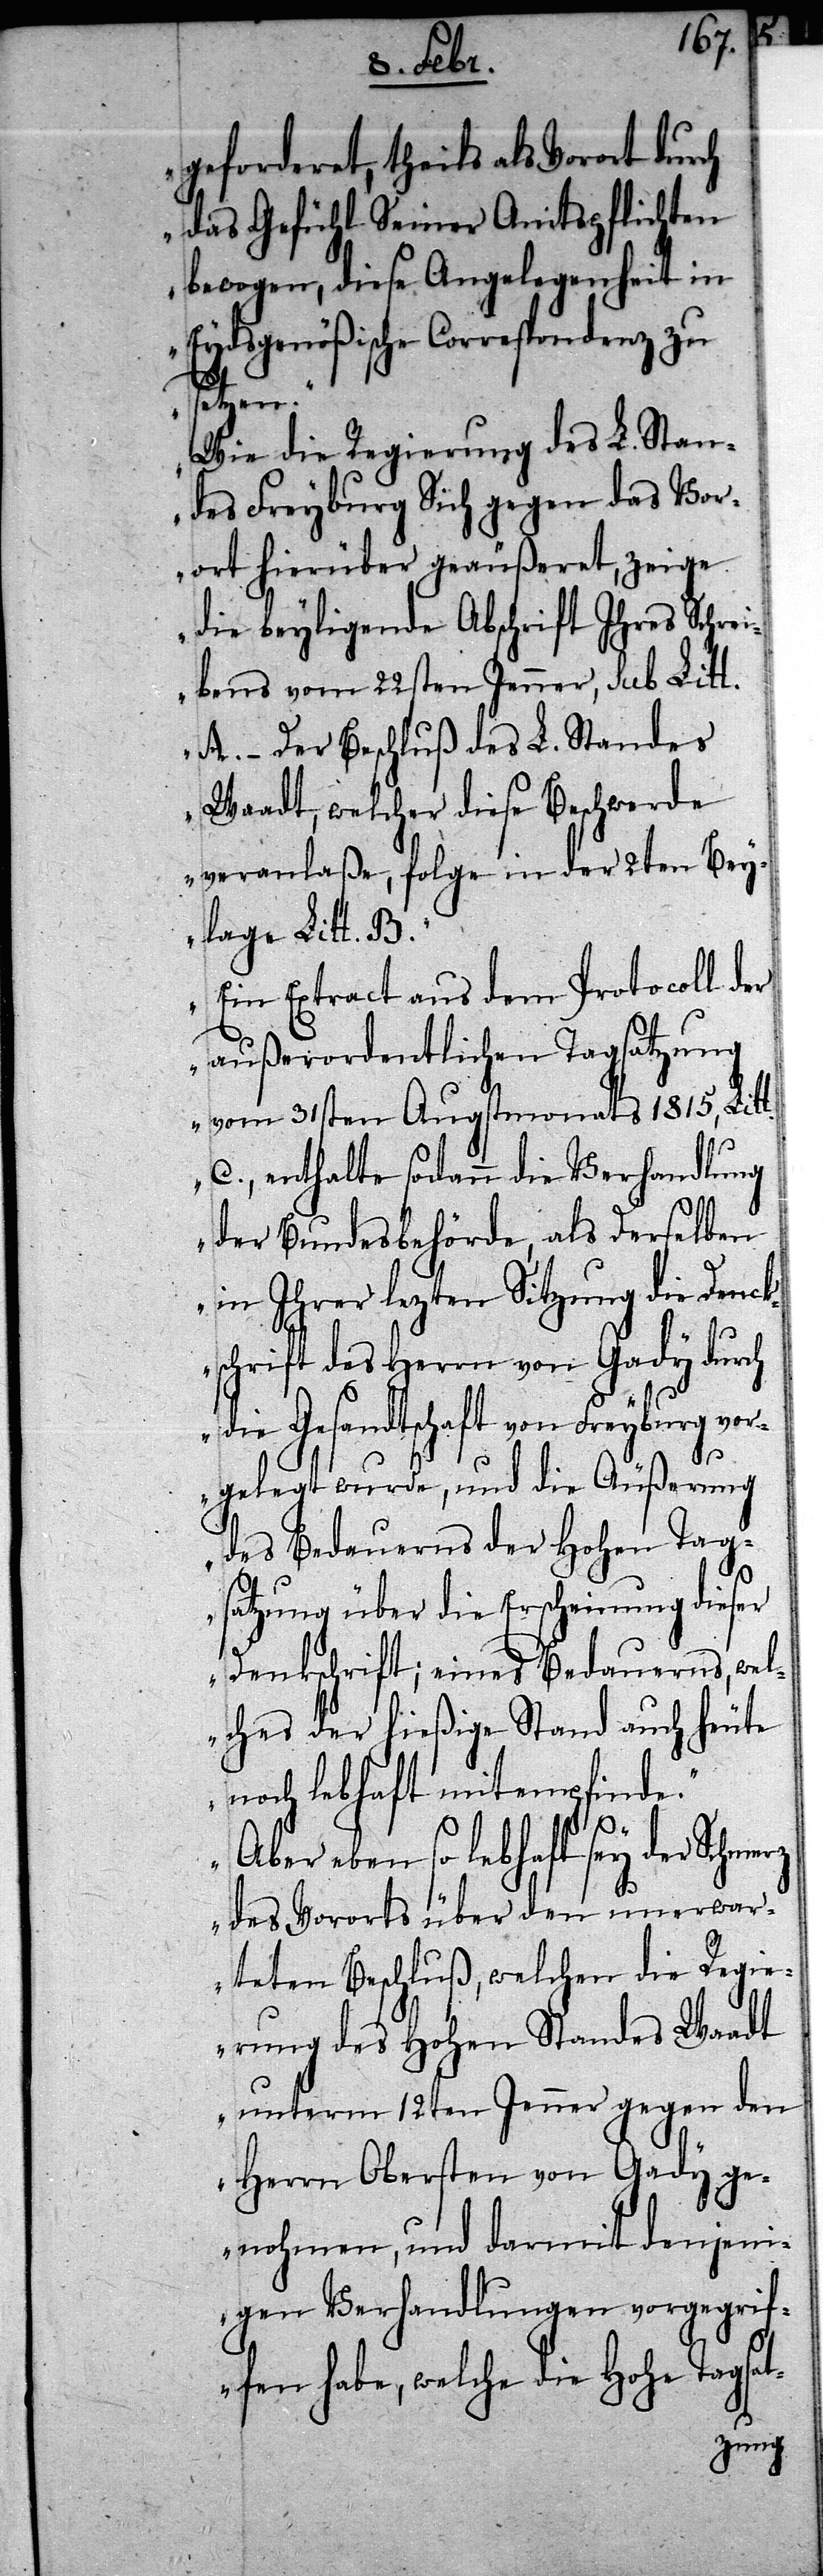
geforderet, theils als Vorort durch
das Gefühl Seiner Amtspflichten
bewogen, diese Angelegenheit in
Eydsgenößische Correspondenz zu
setzen.
Wie die Regierung des L. Stan¬
des Freyburg Sich gegen das Vor¬
ort hierüber geäußeret, zeige
die beyligende Abschrift Ihres Schrei¬
bens vom 22sten Jenner, Sub Litt.
A. – Der Beschluß des L. Standes
Waadt, welcher diese Beschwerde
veranlaße, folge in der 2ten Bey¬
lage Litt. B.
Ein Extract aus dem Protocoll der
außerordentlichen Tagsatzung
vom 31sten Augstmonats 1815. Litt.
C., enthalte sodann die Verhandlung
der Bundesbehörde, als Derselben
in Ihrer lezten Sitzung die Druck¬
schrift des Herrn von Gady durch
die Gesandtschaft von Freyburg vor¬
gelegt wurde, und die Äußerung
des Bedauerns der Hohen Tag¬
satzung über die Erscheinung dieser
Denkschrift; eines Bedauerns, wel¬
ches der hießige Stand auch heute
noch lebhaft mitempfinde.
Aber eben so lebhaft sey der Schme¬
rz
des Vororts über den unerwar¬
teten Beschluß, welchen die Regie¬
rung des Hohen Standes Waadt
unterm 12ten Jenner gegen den
Herrn Obersten von Gady ge¬
nohmen, und darmit denjeni¬
gen Verhandlungen vorgegrif¬
fen habe, welche die Hohe Tagsat-